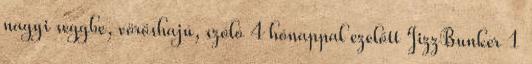
nagyi seggbe, vöröshajú, szóló 4 hónappal ezelőtt JizzBunker 1